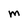
Character: M